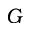
G